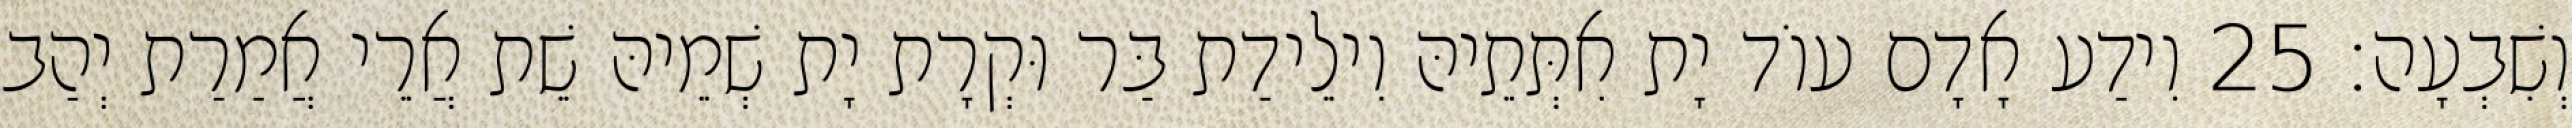
וְשִׁבְעָה׃ 25 וִידַע אָדָם עוֹד יָת אִתְּתֵיהּ וִילֵידַת בַּר וּקְרָת יָת שְׁמֵיהּ שֵׁת אֲרֵי אֲמַרַת יְהַב